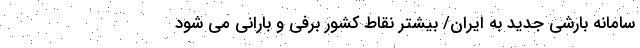
سامانه بارشی جدید به ایران/ بیشتر نقاط کشور برفی و بارانی می شود